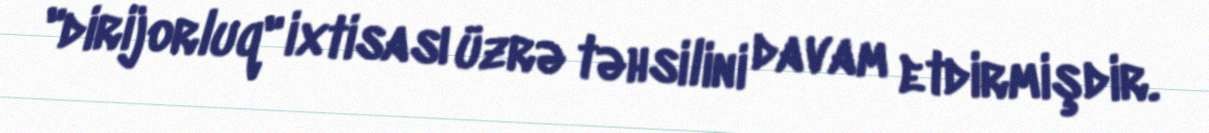
"dirijorluq" ixtisası üzrə təhsilini davam etdirmişdir.